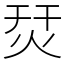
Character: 烎